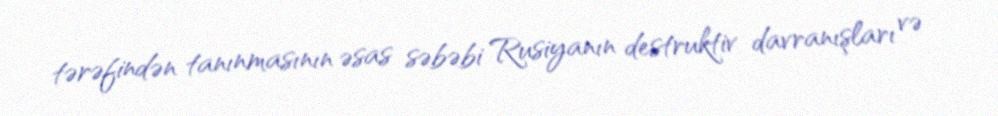
tərəfindən tanınmasının əsas səbəbi Rusiyanın destruktiv davranışları və